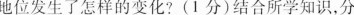
地位发生了怎样的变化?(1分)结合所学知识，分